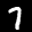
Label: 7